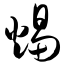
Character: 烛